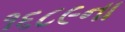
૧૬૮૯ના